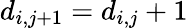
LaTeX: d_{i,j+1}=d_{i,j}+1